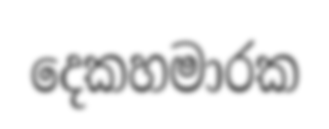
දෙකහමාරක